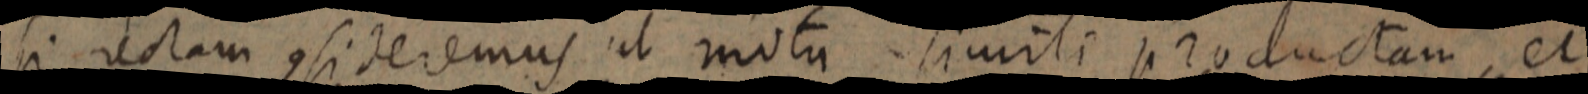
si rectam consideremus ut motu simili productam, et